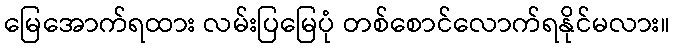
မြေအောက်ရထား လမ်းပြမြေပုံ တစ်စောင်လောက်ရနိုင်မလား။